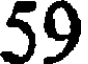
59